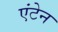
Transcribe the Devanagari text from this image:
एंटेन